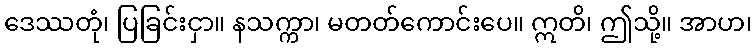
ဒေဿတုံ၊ ပြခြင်းငှာ။ နသက္ကာ၊ မတတ်ကောင်းပေ။ ဣတိ၊ ဤသို့။ အာဟ၊